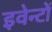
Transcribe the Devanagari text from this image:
इवेन्टों